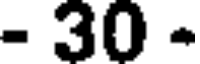
- 30 -